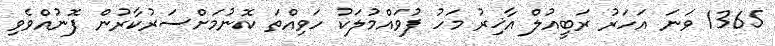
1365 ވަނަ އަހަރު ރަބީއުލް އާޚިރު މަހު ފުވައްމުލަކު ހަވިއްތަ ކޮނުމަށްސަރުކާރުން ފޮނުއްވެވި